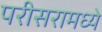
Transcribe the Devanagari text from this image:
परीसरामध्ये